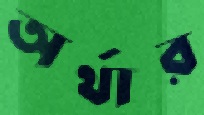
অর্থার